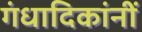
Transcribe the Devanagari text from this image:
गंधादिकांनीं